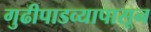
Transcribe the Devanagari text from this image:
गुढीपाडव्यापासून